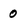
Character: 0